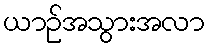
ယာဉ်အသွားအလာ